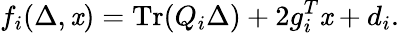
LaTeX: f_{i}(\Delta,\mathit{x})=\operatorname{Tr}(Q_{i}\Delta)+2g_{i}^{T}\mathit{x}+d_{i}.